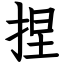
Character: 捏